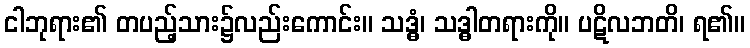
ငါဘုရား၏ တပည့်သား၌လည်းကောင်း။ သဒ္ဓံ၊ သဒ္ဓါတရားကို။ ပဋိလဘတိ၊ ရ၏။